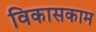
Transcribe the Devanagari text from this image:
विकासकाम